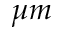
\mu m